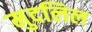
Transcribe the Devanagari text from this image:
मुदलिल